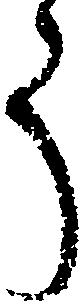
う